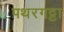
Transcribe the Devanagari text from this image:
पथरगट्टा